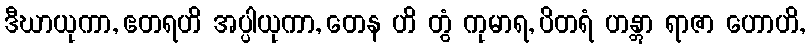
ဒီဃာယုကာ, ဧတရဟိ အပ္ပါယုကာ, တေန ဟိ တွံ ကုမာရ, ပိတရံ ဟန္တွာ ရာဇာ ဟောဟိ,